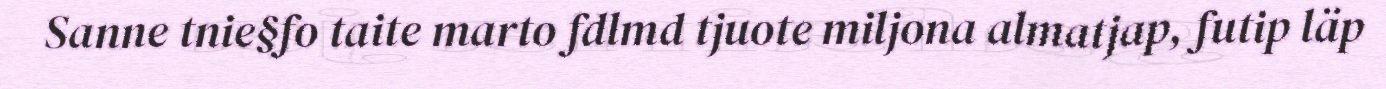
Sanne tnie§fo taite marto fdlmd tjuote miljona almatjap, futip läp